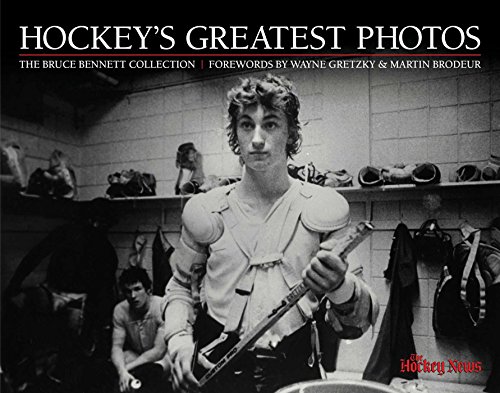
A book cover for The Hockey News: Hockey's Greatest Photos: The Bruce Bennett Collection; The Hockey News; Arts & Photography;